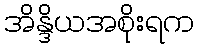
အိန္ဒိယအစိုးရက